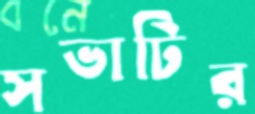
সভাটির